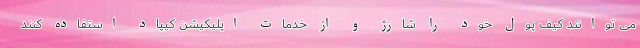
می توانند کیف پول خود را شارژ و از خدمات اپلیکیشن کیپاد استفاده کنند